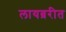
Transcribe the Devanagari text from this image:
लायब्ररीत